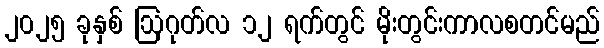
၂၀၂၅ ခုနှစ် ဩဂုတ်လ ၁၂ ရက်တွင် မိုးတွင်းကာလစတင်မည်